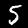
Label: 5